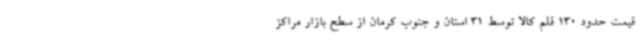
قیمت حدود 130 قلم کالا توسط 31 استان و جنوب کرمان از سطح بازار مراکز